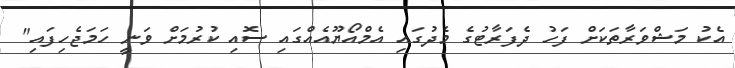
އެކު މަޝްވަރާތަކަށް ފަހު ދެފަރާޓުގެ މެދުގައި އެމްއޯޔޫއެއްގައި ސޮއި ކުރުމަށް ވަނީ ހަމަޖެހިފައި"